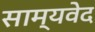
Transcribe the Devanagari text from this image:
साम्‍यवेद